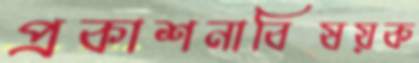
প্রকাশনাবিষয়ক